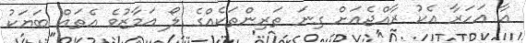
އާ އަހަރާ އެކު ރާއްޖެއަށް ގިނަ ތަރިންތަކެއްގެ ލޯ އަމާޒުވެ އެތައް ބަޔަކު